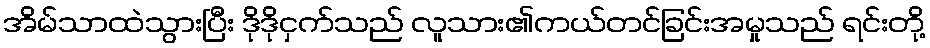
အိမ်သာထဲသွားပြီး ဒိုဒိုငှက်သည် လူသား၏ကယ်တင်ခြင်းအမှုသည် ရင်းတို့